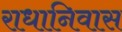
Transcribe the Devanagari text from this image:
राधानिवास